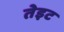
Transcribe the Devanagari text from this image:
तेइट